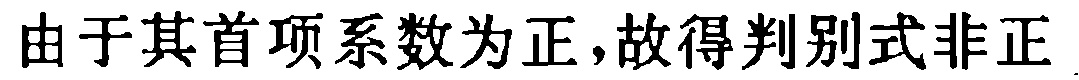
由于其首项系数为正，故得判别式非正